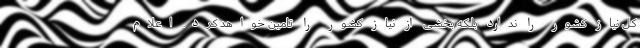
کل نیاز کشور را ندارد بلکه بخشی از نیاز کشور را تامین خواهد کرد. اعلام